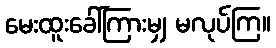
မေးထူးခေါ်ကြားမျှ မလုပ်ကြ။